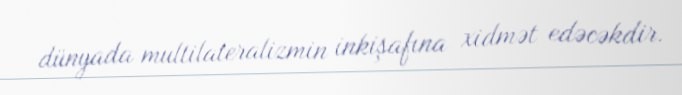
dünyada multilateralizmin inkişafına xidmət edəcəkdir.